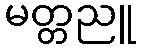
မတ္တညူ